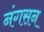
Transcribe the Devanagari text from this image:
नंगसन